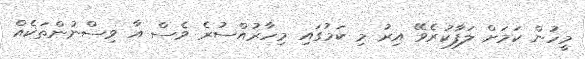
މީހުން ކަމަށް ލަފާކުރެވޭ އިރު މި ކަމުގައި މިހާރުއްސުރެ ވެސް އާ ވިސްނުންތަކެއް